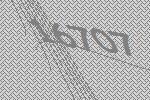
16707